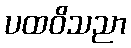
ပထဝိသညာ